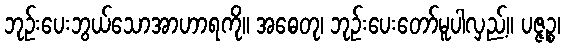
ဘုဉ်းပေးဘွယ်သောအာဟာရကို။ အဓေတု၊ ဘုဉ်းပေးတော်မူပါလှည့်။ ပဇ္ဇဉ္စ၊